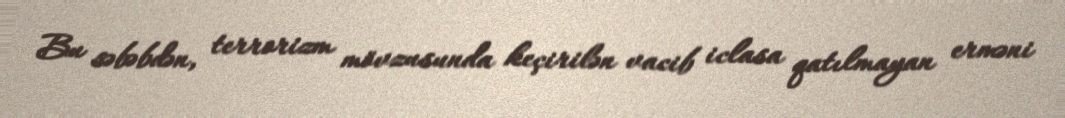
Bu səbəbdən, terrorizm mövzusunda keçirilən vacib iclasa qatılmayan erməni